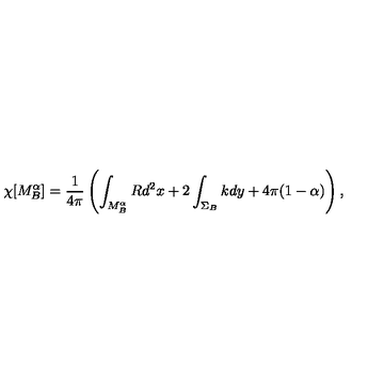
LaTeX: \chi [ M _ { B } ^ { \alpha } ] = { \frac { 1 } { 4 \pi } } \left( \int _ { M _ { B } ^ { \alpha } } R d ^ { 2 } x + 2 \int _ { \Sigma _ { B } } k d y + 4 \pi ( 1 - \alpha ) \right) ,